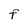
Character: F